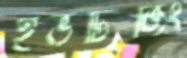
ইভটিজিং